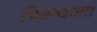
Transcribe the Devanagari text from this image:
पिस्त्याला